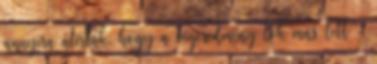
annyira átírták, hogy a végeredmény tök más lett -